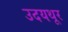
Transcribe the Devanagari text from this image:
उदयथूर